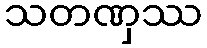
သတဏှဿ